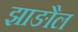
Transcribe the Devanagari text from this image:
झाङौल